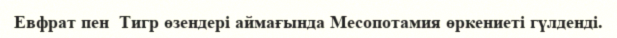
Евфрат пен  Тигр өзендері аймағында Месопотамия өркениеті гүлденді.